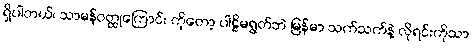
ရှိပါတယ်၊ သာမန်ဝတ္ထုကြောင်း ကိုတော့ ပါဠိမရွတ်ဘဲ မြန်မာ သက်သက်နဲ့ လိုရင်းကိုသာ